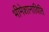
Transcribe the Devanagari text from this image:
भीमेशानाविति